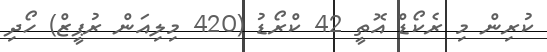
ކުރިން މި ރެކޯޑް އޮތީ 42 ކްރޯޑު (420 މިލިއަން ރުޕީޒް) ހޯދި